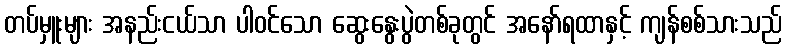
တပ်မှူးများ အနည်းငယ်သာ ပါဝင်သော ဆွေးနွေးပွဲတစ်ခုတွင် အနော်ရထာနှင့် ကျန်စစ်သားသည်